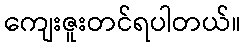
ကျေးဇူးတင်ရပါတယ်။